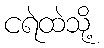
ငရဲထဲသို့